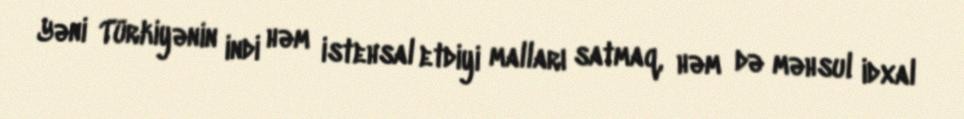
Yəni Türkiyənin indi həm istehsal etdiyi malları satmaq, həm də məhsul idxal